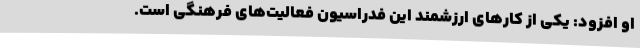
او افزود: یکی از کارهای ارزشمند این فدراسیون فعالیت‌های فرهنگی است.